Tezpur Lunatic Asylum reports 1895-1904 - 1895-1904
Year: 1895
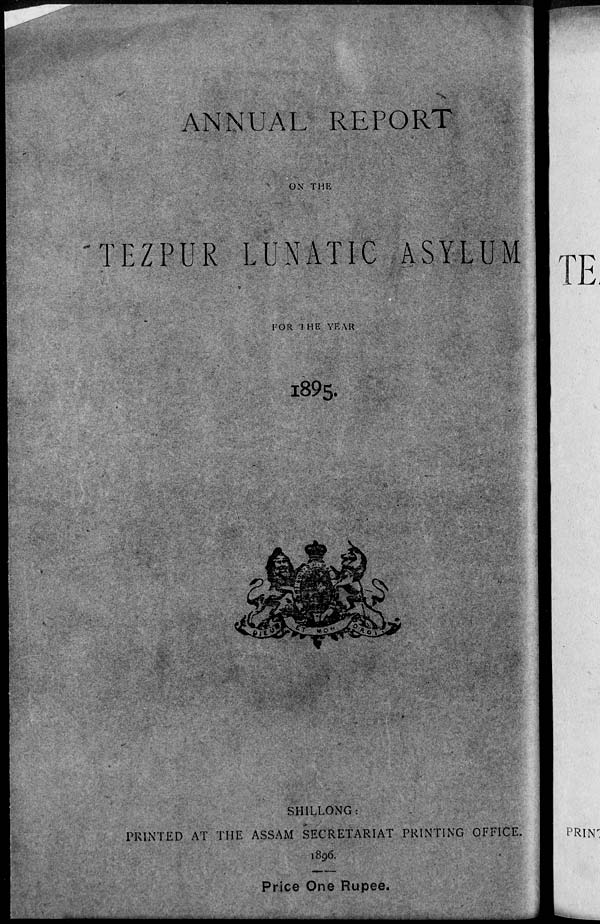
ANNUAL REPORT
OX THE
TEZPUR LUNATIC ASYLUM
FOR '1 HE YEAR
i89s
SHILLONG:
PRINTED AT THE ASSAM SECRETARIAT PRINTING OFFICE.
1896.
Price One Rupee.